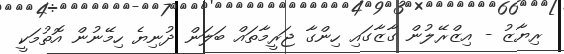
ރިޔާޒު - އިޒްރޭލުން ގާޒާގައި ހިންގާ ޖަރީމާތައް ބަލަން ދުނިޔެ ހިމޭނުން އޮތުމަކީ